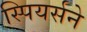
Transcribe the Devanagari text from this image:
स्पियर्सने